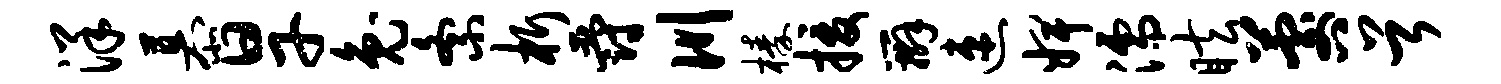
洋慕旱兔紊析爵川榛援辫速婢濡眩晷首